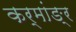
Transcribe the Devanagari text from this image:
कर्मांङ्र